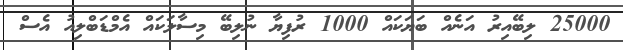
25000 ލިބޭއިރު އަނެއް ބަޔަކައް 1000 ރުފިޔާ ނުލިބޭ މިސާލަކައް އެމްޑަބްލިއު އެސް